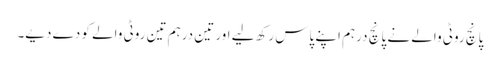
پانچ روٹی والے نے پانچ درہم اپنے پاس رکھ لیے اور تین درہم تین روٹی والے کو دے دیے۔